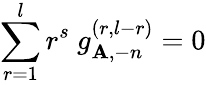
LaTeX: \sum_{r=1}^{l}r^{s}~g_{\mathbf{A},-n}^{(r,l-r)}=0